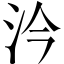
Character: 汵